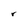
Character: r